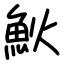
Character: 𩵰